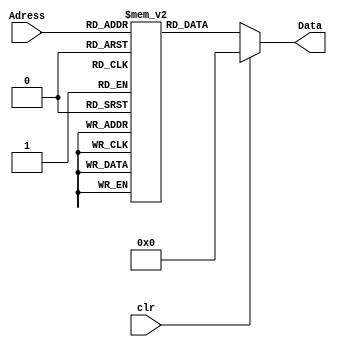
module ROM2(Adress,Data,clr);
parameter N = 32;
parameter M = 1;
reg[N-1:0] Mem[0:2**M-1];
input clr;
input[M-1:0] Adress;
output reg[N-1:0] Data;
always @(*) begin
    if(clr)Data<=0;
   else Data<=Mem[Adress];
end
endmodule
module ROM7(Adress,Data,clr);
parameter N = 32;
parameter M = 7;
reg[N-1:0] Mem[0:2**M-1];
input clr;
input[M-1:0] Adress;
output reg[N-1:0] Data;
always @(*) begin
    if(clr)Data<=0;
   else Data<=Mem[Adress];
end
endmodule
module ROM3(Adress,Data,clr);
parameter N = 32;
parameter M = 3;
reg[N-1:0] Mem[0:2**M-1];
input clr;
input[M-1:0] Adress;
output reg[N-1:0] Data;
always @(*) begin
    if(clr)Data<=0;
   else Data<=Mem[Adress];
end
endmodule
module mux2to1(A,B,out,sel);
parameter N=32;
input[N-1:0] A,B;
output[N-1:0] out;
input sel;
assign out=sel?A:B;
endmodule
module Adder(A,B,out);
parameter N=32;
input[N-1:0] A,B;
output[N-1:0] out;
assign out=A+B;
endmodule
module delay(A,out,clk,clr);
parameter N =32;
input[N-1:0] A;
input clk,clr;
output reg[N-1:0] out;
always @(posedge clk) begin
if(clr)out<=0;
else out<=A;
end
endmodule
module counter(out,clk,clr);
parameter N = 32;
parameter val = 32;
input clk,clr;
output reg[N-1:0] out;
always @(posedge clk) begin
    if(clr)out<=0;
    else if(out==val)out<=0;
    else out<=out+1;
end
endmodule
module C_Block(in,out,s1,s2,clk,clr);
parameter N=32;
input[N-1:0] in;
output[N-1:0] out;
input clk,s1,s2,clr;
reg [N-1:0] extra;
wire[N-1:0] mux_out,adder_out,delay_out,mux2_out;
mux2to1 M1(-in,in,mux_out,s1);
Adder A(mux_out,mux2_out,adder_out);
mux2to1 M2(extra,delay_out,mux2_out,s2);
delay D({adder_out[N-1],adder_out[N-1:1]},delay_out,clk,clr);
assign out=adder_out;
endmodule
module controller(init,i,x3,s1,s2,outen,clrm,clrc,clk);
parameter N=32;
input[N-1:0] i;
input init,clk,x3;
wire s;
output reg s2,clrm,clrc,outen;
output s1;
parameter S0=2'b00,S1=2'b01,S2=2'b10,S3=2'b11;
reg[1:0] state;
assign s=(i==N-1);
assign s1=x3^s;
always @(posedge clk) begin
    case(state)
    S0:state<=init?S1:S0;
    S1:state<=S2;
    S2:state<=i<N?S2:S3;
    S3:state<=S0;
    endcase
end
always @(state) begin
    case(state)
    S0:begin clrc<=1;clrm<=1;s2<=0;outen<=0;end
    S1:begin clrm<=0;clrc<=0;s2<=1; end
    S2:begin clrc<=0;s2<=0; clrc<=0;end
    S3:outen<=1;
    endcase
end
endmodule
module X2_DA(in,out,clk,init);
parameter N=32;
input[N-1:0] in;
output[N-1:0] out;
input clk,init;
wire[N-1:0] ROM_out,i;
wire clrm,clrc,s1,s2,outen;
counter C(i,clk,clrc);
controller Co(init,i,1'b0,s1,s2,outen,clrm,clrc,clk);
ROM2 R(in[i],ROM_out,clrm);
C_Block CB(ROM_out,out,s1,s2,clk,clrm);
endmodule
module X2(in1,in2,out,clk,init);
parameter N=32;
input[N-1:0] in1,in2;
output[N-1:0] out;
input clk,init;
wire[N-1:0] ROM_out,i;
wire clrm,clrc,s1,s2,outen;
counter C(i,clk,clrc);
controller Co(init,i,in2[i],s1,s2,outen,clrm,clrc,clk);
ROM2 R(in2[i]^in1[i],ROM_out,clrm);
C_Block CB(ROM_out,out,s1,s2,clk,clrm);
endmodule
module X8(in0,in1,in2,in3,in4,in5,in6,in7,out,clk,init);
parameter N=32;
input[N-1:0] in0,in1,in2,in3,in4,in5,in6,in7;
output[N-1:0] out;
input clk,init;
wire[N-1:0] ROM_out,i;
wire clrm,clrc,s1,s2,outen;
counter C(i,clk,clrc);
controller Co(init,i,in7[i],s1,s2,outen,clrm,clrc,clk);
ROM7 R({in7[i]^in6[i],in7[i]^in5[i],in7[i]^in4[i],in7[i]^in3[i],in7[i]^in2[i],in7[i]^in1[i],in7[i]^in0[i]},ROM_out,clrm);
C_Block CB(ROM_out,out,s1,s2,clk,clrm);
endmodule
module X4(in0,in1,in2,in3,out,clk,init);
parameter N=32;
input[N-1:0] in0,in1,in2,in3;
output[N-1:0] out;
input clk,init;
wire[N-1:0] ROM_out,i;
wire clrm,clrc,s1,s2,outen;
counter C(i,clk,clrc);
controller Co(init,i,in3[i],s1,s2,outen,clrm,clrc,clk);
ROM3 R({in3[i]^in2[i],in3[i]^in1[i],in3[i]^in0[i]},ROM_out,clrm);
C_Block CB(ROM_out,out,s1,s2,clk,clrm);
endmodule
module OBC_DCT1(in0,in1,in2,in3,in4,in5,in6,in7,in8,in9,in10,in11,in12,in13,in14,in15,
out0,out1,out2,out3,out4,out5,out6,out7,out8,out9,out10,out11,out12,out13,out14,out15,clk,init);
parameter N =32;
input[N-1:0] in0,in1,in2,in3,in4,in5,in6,in7,in8,in9,in10,in11,in12,in13,in14,in15;
output[N-1:0] out0,out1,out2,out3,out4,out5,out6,out7,out8,out9,out10,out11,out12,out13,out14,out15;
input clk,init;
wire[N-1:0] M0,M1,M2,M3,M4,M5,M6,M7,M07,M16,M25,M34;
wire[N-1:0] P0,P1,P2,P3,P4,P5,P6,P7;
assign M0=in0-in15;
assign M1=in1-in14;
assign M2=in2-in13;
assign M3=in3-in12;
assign M4=in4-in11;
assign M5=in5-in10;
assign M6=in6-in9;
assign M7=in7-in8;
assign P0=in0+in15;
assign P1=in1+in14;
assign P2=in2+in13;
assign P3=in3+in12;
assign P4=in4+in11;
assign P5=in5+in10;
assign P6=in6+in9;
assign P7=in7+in8;
assign M07=P0-P7;
assign M16=P1-P6;
assign M25=P2-P5;
assign M34=P3-P4;
X2_DA X_0(P0+P1+P2+P3+P4+P5+P6+P7,out0,clk,init);
X8 X_1(M0,M1,M2,M3,M4,M5,M6,M7,out1,clk,init);
X4 X_2(M07,M16,M25,M34,out2,clk,init);
X8 X_3(M5,M0,M4,M6,M1,M3,M7,M2,out3,clk,init);
X2 X_4(P0+P7-P3-P4,P1+P6-P2-P5,out4,clk,init);
X8 X_5(M6,M3,M0,M2,M5,M7,M4,M1,out5,clk,init);
X4 X_6(M25,M07,M34,M16,out6,clk,init);
X8 X_7(M4,M2,M6,M0,M7,M1,M5,M3,out7,clk,init);
X2_DA X_8(P0-P1-P2+P3+P4-P5-P6+P7,out8,clk,init);
X8 X_9(M3,M5,M1,M7,M0,M6,M2,M4,out9,clk,init);
X4 X_10(P6-P1,P3-P7,P0-P7,P2-P5,out10,clk,init);
X8 X_11(M1,M4,M7,M5,M2,M0,M3,M6,out11,clk,init);
X2 X_12(P2+P5-P1-P6,P0+P7-P3-P4,out12,clk,init);
X8 X_13(M2,M7,M3,M1,M6,M4,M0,M5,out13,clk,init);
X4 X_14(P4-P3,P2-P5,P6-P1,P0-P7,out14,clk,init);
X8 X_15(M7,M6,M5,M4,M3,M2,M1,M0,out15,clk,init);
endmodule